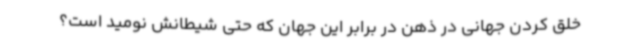
خلق کردن جهانی در ذهن در برابر این جهان که حتی شیطانش نومید است؟